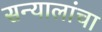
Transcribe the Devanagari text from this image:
सन्यालांचा